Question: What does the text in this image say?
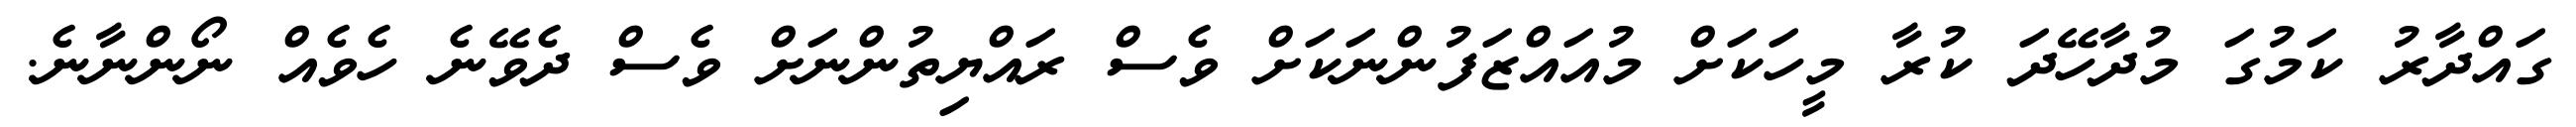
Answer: ގައްދާރު ކަމުގަ މުދާހޭދަ ކުރާ މީހަކަށް މުއައްޒަފުންނަކަށް ވެސް ރައްޔިތުންނަށް ވެސް ދެވޭނެ ހެވެއް ނޯންނާނެ.